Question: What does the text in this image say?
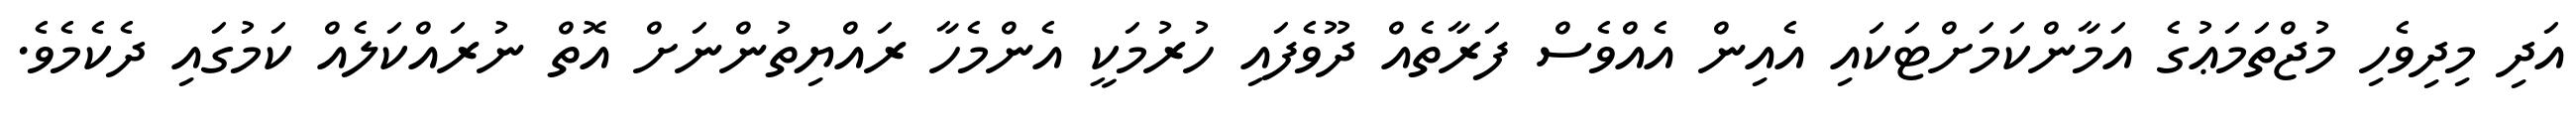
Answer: އަދި މިދިވެހި މުޖްތަމަޢުގެ އަމާންކަމަށްޓަކައި އެއިން އެއްވެސް ފަރާތެއް ދޫވެފައި ހުރުމަކީ އެންމެހާ ރައްޔިތުންނަށް އޮތް ނުރައްކަލެއް ކަމުގައި ދެކެމެވެ.